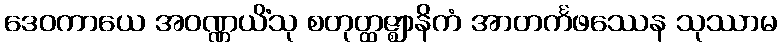
ဒေဝကာယေ အဝဏ္ဏယိံသု စတုတ္ထဇ္ဈာနိကံ အာတင်္ကဖဿေန သုဿာမ